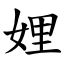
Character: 娌